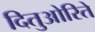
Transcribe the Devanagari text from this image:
दितुओरिते